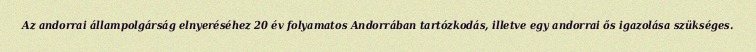
Az andorrai állampolgárság elnyeréséhez 20 év folyamatos Andorrában tartózkodás, illetve egy andorrai ős igazolása szükséges.